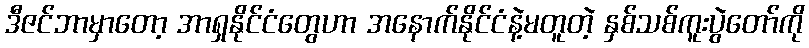
ဒီဇင်ဘာမှာတော့ အာရှနိုင်ငံတွေဟာ အနောက်နိုင်ငံနဲ့မတူတဲ့ နှစ်သစ်ကူးပွဲတော်ကို